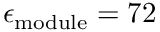
\epsilon _ { \mathrm { m o d u l e } } = 7 2 \